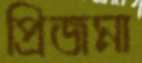
প্রিজমা